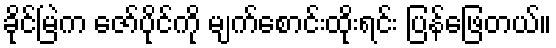
ခိုင်မြဲက ဇော်ပိုင်ကို မျက်စောင်းထိုးရင်း ပြန်ဖြေတယ်။